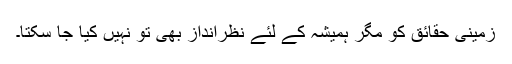
زمینی حقائق کو مگر ہمیشہ کے لئے نظرانداز بھی تو نہیں کیا جا سکتا۔